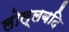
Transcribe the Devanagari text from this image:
लोल्लबदि